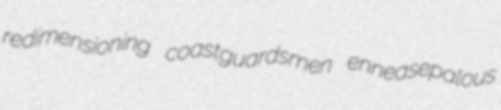
redimensioning coastguardsmen enneasepalous